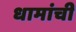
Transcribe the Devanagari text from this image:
धामांची